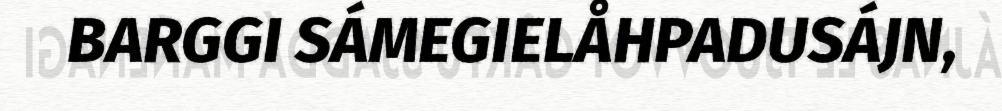
BARGGI SÁMEGIELÅHPADUSÁJN,